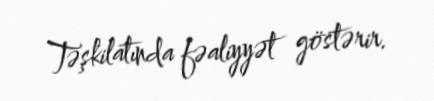
Təşkilatında fəaliyyət göstərir.